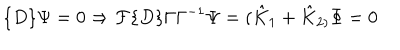
\{ D \} \Psi = 0 \Rightarrow { \cal F } \{ D \} \Gamma \Gamma ^ { - 1 } \Psi = ( \hat { K } _ { 1 } + \hat { K } _ { 2 ) } \Phi = 0